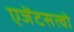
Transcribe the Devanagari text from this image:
एजेंटसत्वो